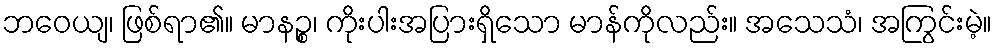
ဘဝေယျ၊ ဖြစ်ရာ၏။ မာနဉ္စ၊ ကိုးပါးအပြားရှိသော မာန်ကိုလည်း။ အသေသံ၊ အကြွင်းမဲ့။